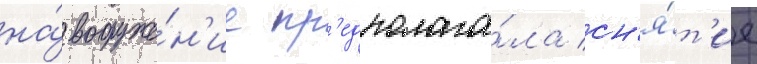
на́ вооруже́н'ие пр'едполага́ла сн'я́т'ие